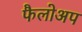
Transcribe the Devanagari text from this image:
फैलोअप